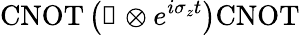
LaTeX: \mathrm{CNOT}\left(\mathbb{1}\otimes e^{i\sigma_{z}t}\right)\mathrm{CNOT}